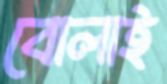
বোলাই